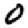
Digit: 0